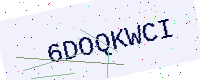
Text: 6DOQKWCI